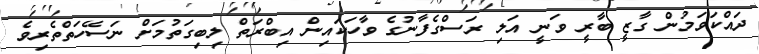
ދައްކަވަމުން ގާޒީ ބާރީ ވަނީ އަލި ރަސްގެފާނުގެ ވާހަކައިން އިބްރަތް ލިބިގަތުމަށް ނަސޭހަތްތެރިވެ